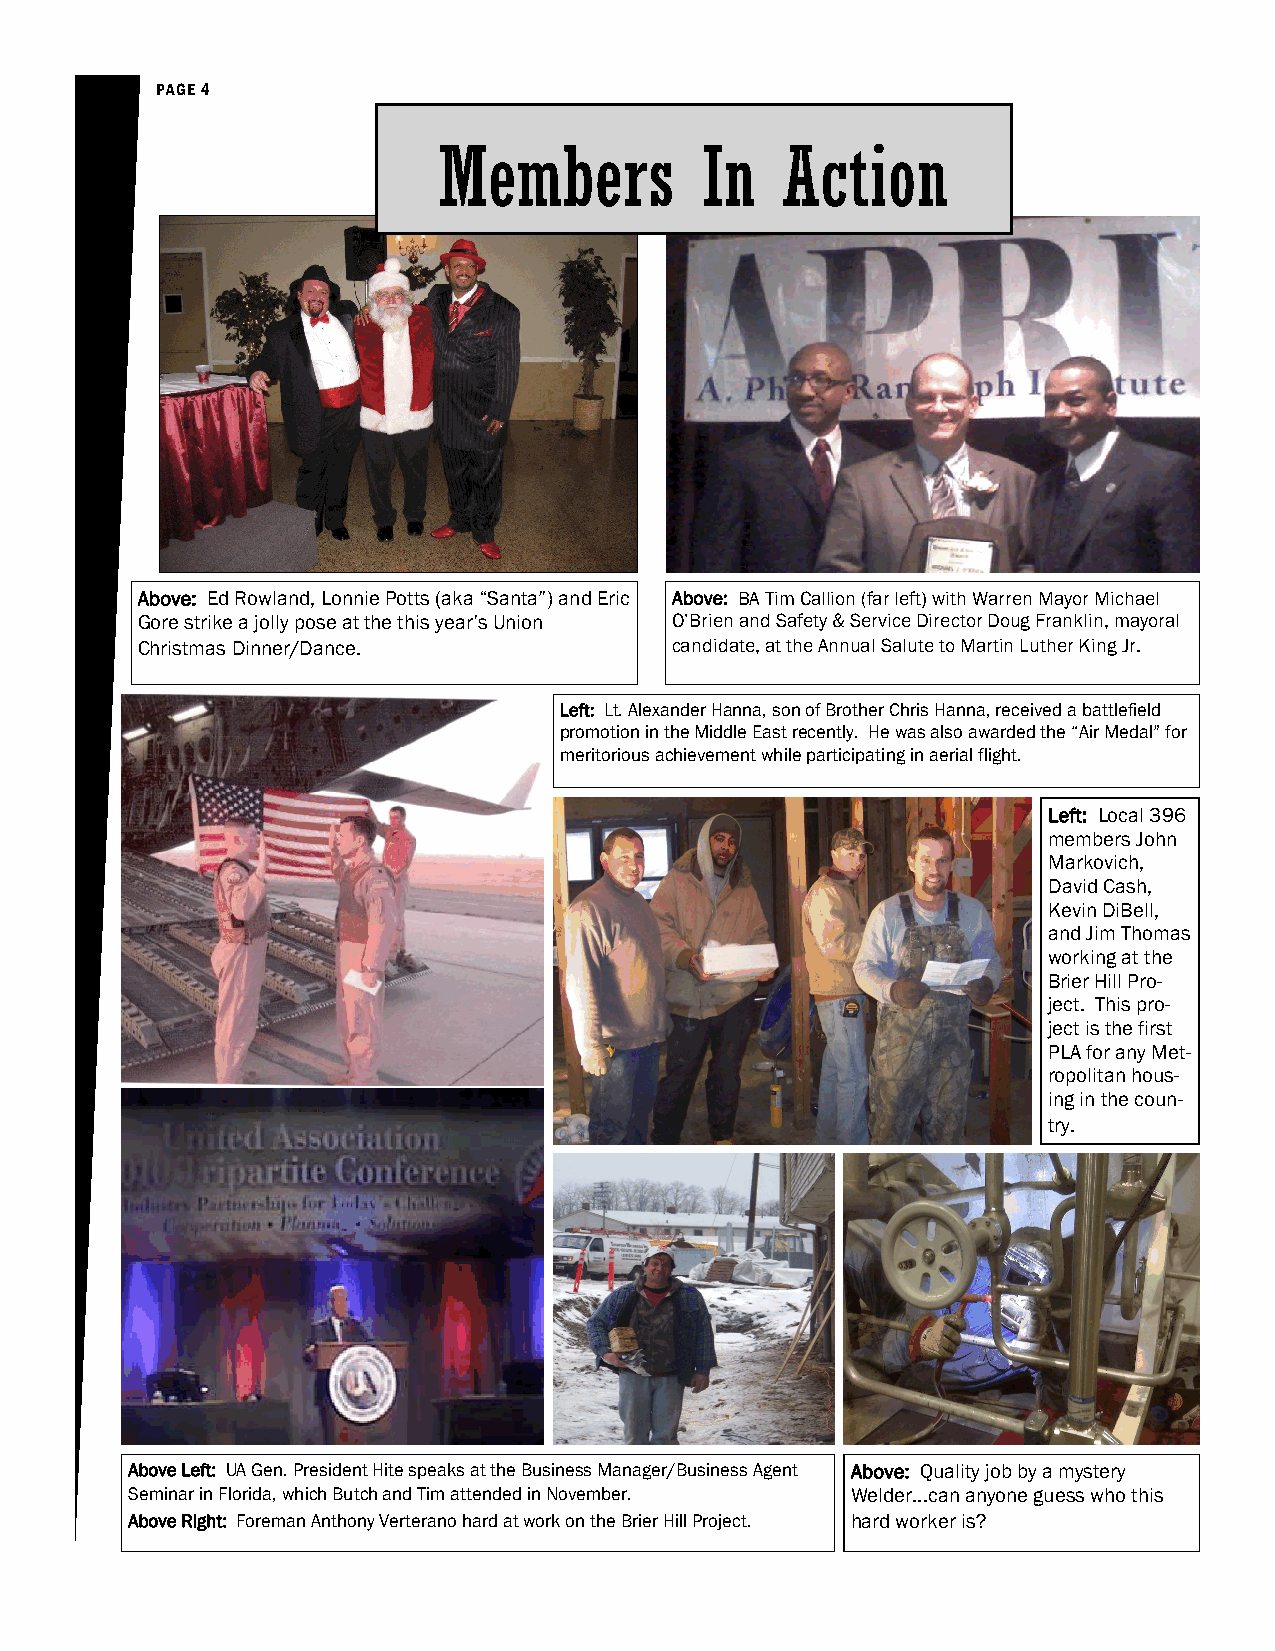
PAGE 4
 Members          In    Action
 Above: Ed Rowland, Lonnie Potts (aka “Santa”) and Eric Above: BA Tim Callion (far left) with Warren Mayor Michael
 Gore strike a jolly pose at the this year’s Union O’Brien and Safety & Service Director Doug Franklin, mayoral
 Christmas Dinner/Dance.             candidate, at the Annual Salute to Martin Luther King Jr.
 Left: Lt. Alexander Hanna, son of Brother Chris Hanna, received a battlefield
 promotion in the Middle East recently. He was also awarded the “Air Medal” for
 meritorious achievement while participating in aerial flight.
 Left: Local 396
 members John
 Markovich,
 David Cash,
 Kevin DiBell,
 and Jim Thomas
 working at the
 Brier Hill Pro-
 ject. This pro-
 ject is the first
 PLA for any Met-
 ropolitan hous-
 ing in the coun-
 try.
 Above Left: UA Gen. President Hite speaks at the Business Manager/Business Agent Above: Quality job by a mystery
 Seminar in Florida, which Butch and Tim attended in November. Welder...can anyone guess who this
 Above Right: Foreman Anthony Verterano hard at work on the Brier Hill Project. hard worker is?